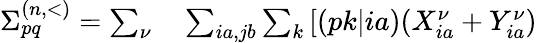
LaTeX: \begin{array}{rl}{\Sigma_{pq}^{(n,<)}=\sum_{\nu}}&{{}\sum_{ia,jb}\sum_{k}\left[(pk|ia)(X_{ia}^{\nu}+Y_{ia}^{\nu})\right.}\end{array}